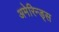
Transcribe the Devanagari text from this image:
अमेरिन्ड्स